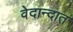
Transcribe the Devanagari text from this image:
वेदान्दात